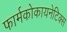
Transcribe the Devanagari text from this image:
फार्मकोकायनेटिक्स